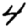
Digit: 4